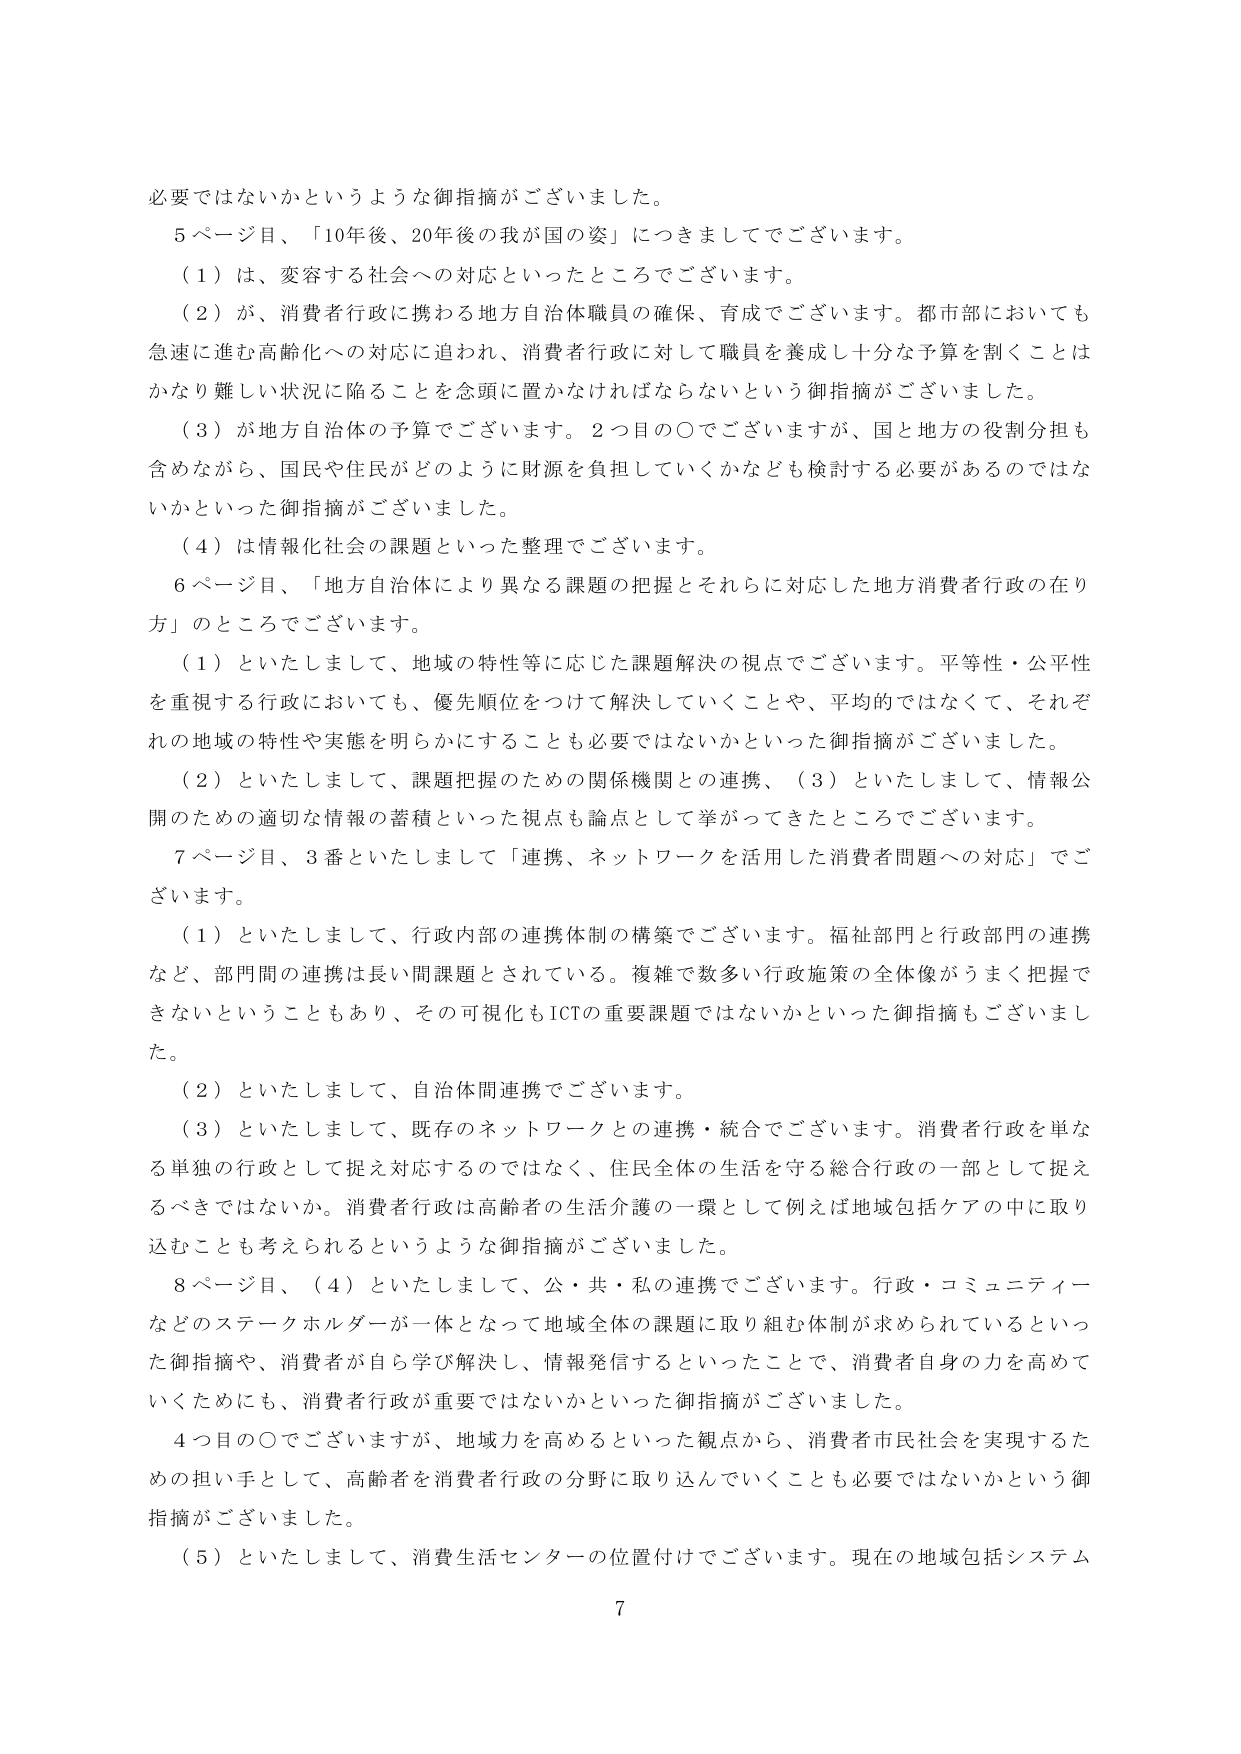
必要ではないかというような御指摘がございました。

５ページ目、「10年後、20年後の我が国の姿」につきましてでございます。

（１）は、変容する社会への対応といったところでございます。

（２）が、消費者行政に携わる地方自治体職員の確保、育成でございます。都市部においても急速に進む高齢化への対応に追われ、消費者行政に対して職員を養成し十分な予算を割くことはかなり難しい状況に陥ることを念頭に置かなければならないという御指摘がございました。

（３）が地方自治体の予算でございます。２つ目の〇でございますが、国と地方の役割分担も含めながら、国民や住民がどのように財源を負担していくかなども検討する必要があるのではないかといった御指摘がございました。

（４）は情報化社会の課題といった整理でございます。

６ページ目、「地方自治体により異なる課題の把握とそれらに対応した地方消費者行政の在り方」のところでございます。

（１）といたしまして、地域の特性等に応じた課題解決の視点でございます。平等性・公平性を重視する行政においても、優先順位をつけて解決していくことや、平均的ではなくて、それぞれの地域の特性や実態を明らかにすることも必要ではないかといった御指摘がございました。

（２）といたしまして、課題把握のための関係機関との連携、（３）といたしまして、情報公開のための適切な情報の蓄積といった視点も論点として挙がってきたところでございます。

７ページ目、３番といたしまして「連携、ネットワークを活用した消費者問題への対応」でございます。

（１）といたしまして、行政内部の連携体制の構築でございます。福祉部門と行政部門の連携など、部門間の連携は長い間課題とされている。複雑で数多い行政施策の全体像がうまく把握できないということもあり、その可視化もICTの重要課題ではないかといった御指摘もございました。

（２）といたしまして、自治体間連携でございます。

（３）といたしまして、既存のネットワークとの連携・統合でございます。消費者行政を単なる単独の行政として捉え対応するのではなく、住民全体の生活を守る総合行政の一部として捉えるべきではないか。消費者行政は高齢者の生活介護の一環として例えば地域包括ケアの中に取り込むことも考えられるというような御指摘がございました。

８ページ目、（４）といたしまして、公・共・私の連携でございます。行政・コミュニティなどのステークホルダーが一体となって地域全体の課題に取り組む体制が求められているといった御指摘や、消費者が自ら学び解決し、情報発信するといったことで、消費者自身の力を高めていくためにも、消費者行政が重要ではないかといった御指摘がございました。

４つ目の〇でございますが、地域力を高めるといった観点から、消費者市民社会を実現するための担い手として、高齢者を消費者行政の分野に取り込んでいくことも必要ではないかという御指摘がございました。

（５）といたしまして、消費生活センターの位置付けでございます。現在の地域包括システム

7